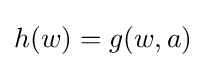
h(w)=g(w,a)